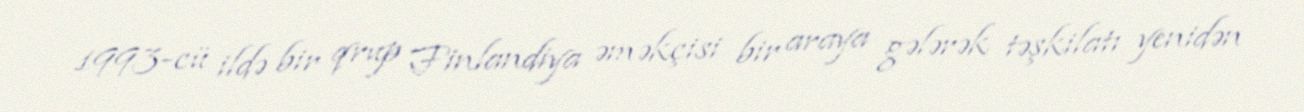
1993-cü ildə bir qrup Finlandiya əməkçisi bir araya gələrək təşkilatı yenidən